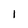
Character: l